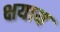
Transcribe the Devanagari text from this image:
क्षयाय